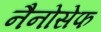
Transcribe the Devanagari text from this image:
नैनोसेफ